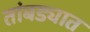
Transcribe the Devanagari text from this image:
तांबड्यात